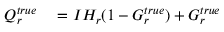
\begin{array} { r l } { Q _ { r } ^ { t r u e } } & { { } = I H _ { r } ( 1 - G _ { r } ^ { t r u e } ) + G _ { r } ^ { t r u e } } \end{array}